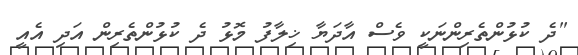
"ދެ ކުޅުންތެރިންނަކީ ވެސް އާދަޔާ ޚިލާފު މޮޅު ދެ ކުޅުންތެރިން އަދި އެއީ